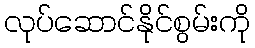
လုပ်ဆောင်နိုင်စွမ်းကို